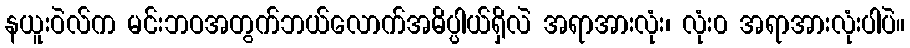
နယူးဝဲလ်က မင်းဘဝအတွက်ဘယ်လောက်အဓိပ္ပါယ်ရှိလဲ အရာအားလုံး၊ လုံး၀ အရာအားလုံးပါပဲ။